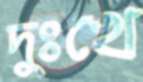
দুঃখে